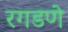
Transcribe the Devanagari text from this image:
रगडणे